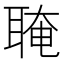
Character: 𦖈